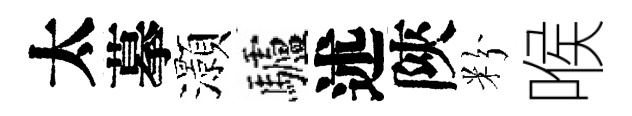
太摹灝驢述陝粉喉